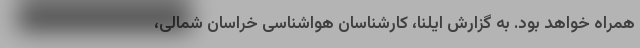
همراه خواهد بود. به گزارش ایلنا، کارشناسان هواشناسی خراسان شمالی،